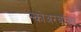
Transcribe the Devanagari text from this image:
स्कोअरबॉक्स